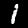
Digit: 1